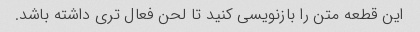
این قطعه متن را بازنویسی کنید تا لحن فعال تری داشته باشد.